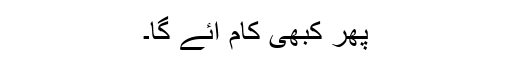
پھر کبھی کام آئے گا۔